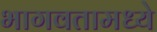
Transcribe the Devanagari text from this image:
भागवतामध्ये